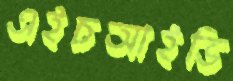
এইচআইভি